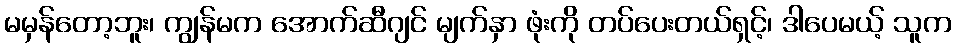
မမှန်တော့ဘူး၊ ကျွန်မက အောက်ဆီဂျင် မျက်နှာ ဖုံးကို တပ်ပေးတယ်ရှင့်၊ ဒါပေမယ့် သူက